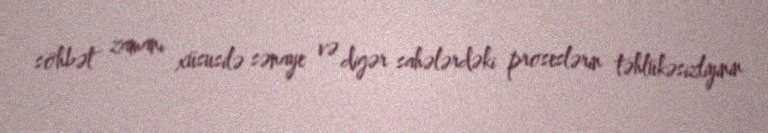
söhbət zamanı xüsusilə sənaye və digər sahələrdəki proseslərin təhlükəsizliyinin